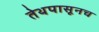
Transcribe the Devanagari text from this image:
तेथपासूनच